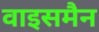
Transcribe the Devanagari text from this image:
वाइसमैन